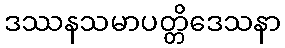
ဒဿနသမာပတ္တိဒေသနာ